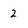
Character: 2